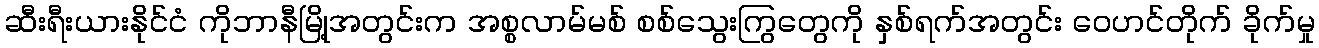
ဆီးရီးယားနိုင်ငံ ကိုဘာနီမြို့အတွင်းက အစ္စလာမ်မစ် စစ်သွေးကြွတွေကို နှစ်ရက်အတွင်း ဝေဟင်တိုက် ခိုက်မှု